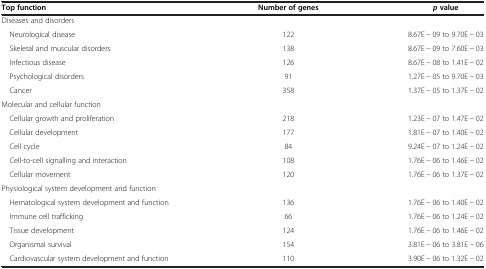
| Top function | Number of genes | p value |
 | --- | --- | --- |
 | Diseases and disorders |  |  |
 | Neurological disease | 122 | 8.67E - 09 to 9.70E - 03 |
 | Skeletal and muscular disorders | 138 | 8.67E - 09 to 7.60E - 03 |
 | Infectious disease | 126 | 8.67E - 08 to 1.41E - 02 |
 | Psychological disorders | 91 | 1.27E - 05 to 9.70E - 03 |
 | Cancer | 358 | 1.37E - 05 to 1.37E - 02 |
 | Molecular and cellular function |  |  |
 | Cellular growth and proliferation | 218 | 1.23E - 07 to 1.47E - 02 |
 | Cellular development | 177 | 1.81E - 07 to 1.40E - 02 |
 | Cell cycle | 84 | 9.24E - 07 to 1.24E - 02 |
 | Cell-to-cell signalling and interaction | 108 | 1.76E - 06 to 1.46E - 02 |
 | Cellular movement | 120 | 1.76E - 06 to 1.37E - 02 |
 | Physiological system development and function |  |  |
 | Hematological system development and function | 136 | 1.76E - 06 to 1.40E - 02 |
 | Immune cell trafficking | 66 | 1.76E - 06 to 1.24E - 02 |
 | Tissue development | 124 | 1.76E - 06 to 1.46E - 02 |
 | Organismal survival | 154 | 3.81E - 06 to 3.81E - 06 |
 | Cardiovascular system development and function | 110 | 3.90E - 06 to 1.32E - 02 |